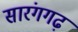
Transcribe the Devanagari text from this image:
सारंगगढ़